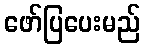
ဖော်ပြပေးမည်